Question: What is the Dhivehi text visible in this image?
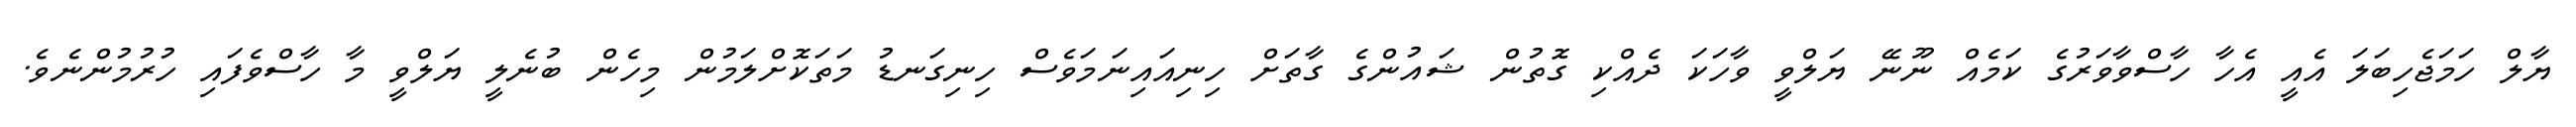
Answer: ޔާލް ހަމަޖެހިބަލަ އެއީ އެހާ ހާސްވާވަރުގެ ކަމެއް ނޫނޭ ޔަލްވީ ވާހަކަ ދެއްކި ގޮތުން ޝައުންގެ ގާތަށް ހިނިއައިނަމަވެސް ހިނިގަނޑު މަތަކޮށްލަމުން މިހެން ބުނެލީ ޔަލްވީ މާ ހާސްވެފައި ހުރުމުންނެވެ.